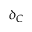
\delta _ { C }